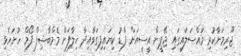
ޖޫރިމަނާކުރި މައްސަލައިގައި ޖޭޕީން އީސީއަށް ފާޑު ކިޔައިފިގަވާއިދާ ޚިލާފަށް މެމްބާޝިފް ފޯމް ހުށަހެޅި